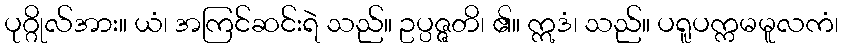
ပုဂ္ဂိုလ်အား။ ယံ၊ အကြင်ဆင်းရဲ သည်။ ဥပ္ပဇ္ဇတိ၊ ၏။ ဣဒံ၊ သည်။ ပရူပက္ကမမူလကံ၊